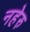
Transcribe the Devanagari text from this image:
नहेरु